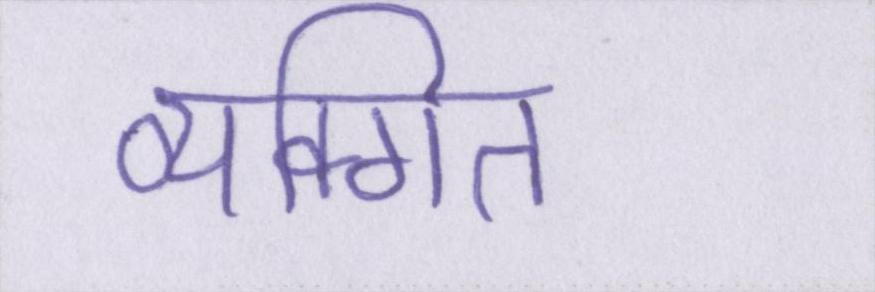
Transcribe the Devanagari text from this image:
व्यक्गित